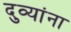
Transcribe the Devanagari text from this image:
दुव्यांना